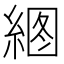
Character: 𰫫